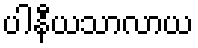
ပါနီယသာလာယ